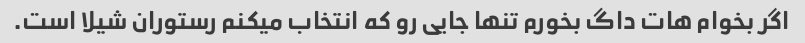
اگر بخوام هات داگ بخورم تنها جایی رو که انتخاب میکنم رستوران شیلا است.